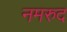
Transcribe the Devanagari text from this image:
नमरुद